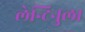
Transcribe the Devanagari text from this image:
लेन्टिनुला